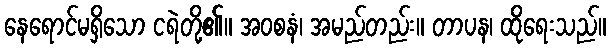
နေရောင်မရှိသော ငရဲတို့၏။ အဝစနံ၊ အမည်တည်း။ တာပန၊ ထိုရေးသည်။